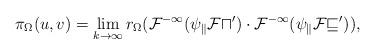
LaTeX: \begin{align*} \pi_\Omega(u,v)=\lim_{k\to\infty}r_\Omega( \cal F^{-1}(\psi_k\cal Fu') \cdot\cal F^{-1}(\psi_k\cal F v')), \end{align*}